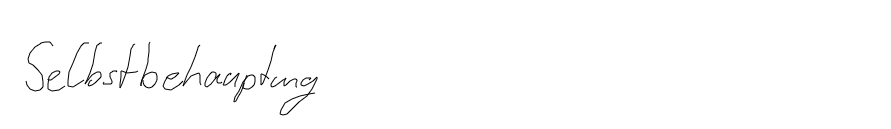
Selbstbehauptung